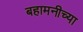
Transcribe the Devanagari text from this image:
बहामनीच्या